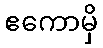
ဧကောမှိ